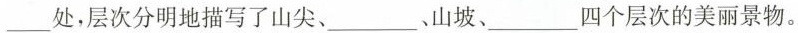
___处，层次分明地描写了山尖、___山坡、___四个层次的美丽景物。